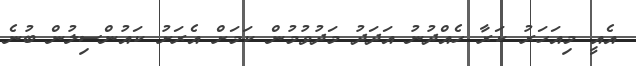
އެއީ މިއަހަރު ކަރާ ހެއްދުނު އަދަދު މަދުވުމުން ކަމަށް އެރަށު ކައުންސިލުން ބުނެ